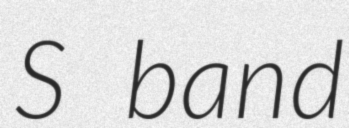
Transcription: S band